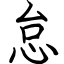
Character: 怠